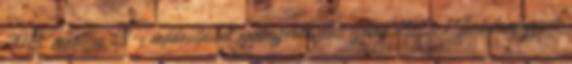
2013. március 27-i módosítással egybeszerkesztett szöveg 2013. 1 Tartalomjegyzék